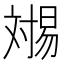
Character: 𬁏